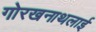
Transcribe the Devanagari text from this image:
गोरखनाथलाई